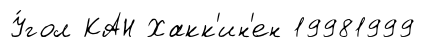
У́гол КАН Хакк'ин'ен 19981999